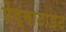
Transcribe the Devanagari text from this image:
पेग्माटाइट